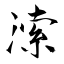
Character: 溹